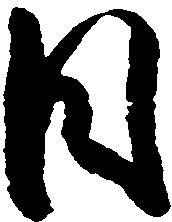
日